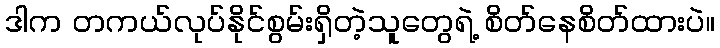
ဒါက တကယ်လုပ်နိုင်စွမ်းရှိတဲ့သူတွေရဲ့ စိတ်နေစိတ်ထားပဲ။